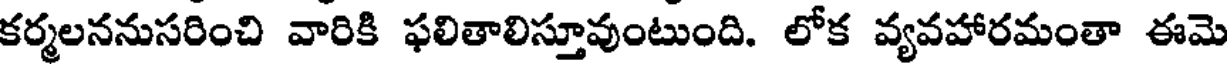
కర్మలననుసరించి వారికి ఫలితాలిస్తూవుంటుంది. లోక వ్యవహారమంతా ఈమె